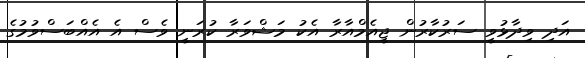
އަދި ވިދާޅުވީ ސަރުކާރުން ޖީއެމްއާރާ އެކު މަޝްވަރާ ކުރަނީ ވެސް އެ އެއްބަސްވުމުގެ